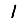
Digit: 1